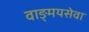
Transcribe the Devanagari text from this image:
वाङ्‌मयसेवा